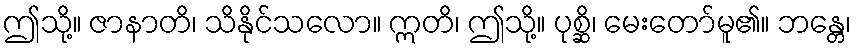
ဤသို့။ ဇာနာတိ၊ သိနိုင်သလော။ ဣတိ၊ ဤသို့။ ပုစ္ဆိ၊ မေးတော်မူ၏။ ဘန္တေ၊